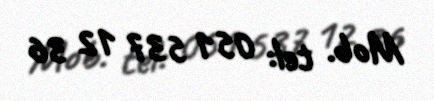
Mob. tel: 051 537 12 36